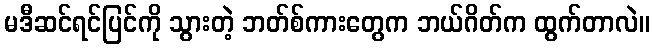
မဒီဆင်ရင်ပြင်ကို သွားတဲ့ ဘတ်စ်ကားတွေက ဘယ်ဂိတ်က ထွက်တာလဲ။